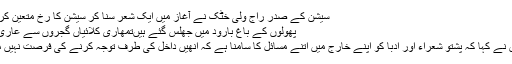
سیشن کے صدر راج ولی خٹک نے آغاز میں ایک شعر سنا کر سیشن کا رخ متعین کر دیا:
پھولوں کے باغ بارود میں جھلس گئے ہیںتمھاری کلائیاں گجروں سے عاری ہیں
انھوں نے کہا کہ پشتو شعراء اور ادبا کو اپنے خارج میں اتنے مسائل کا سامنا ہے کہ انھیں داخل کی طرف توجہ کرنے کی فرصت نہیں ملتی۔